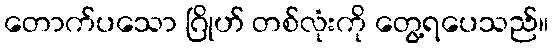
တောက်ပသော ဂြိုဟ် တစ်လုံးကို တွေ့ရပေသည်။